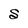
Character: S